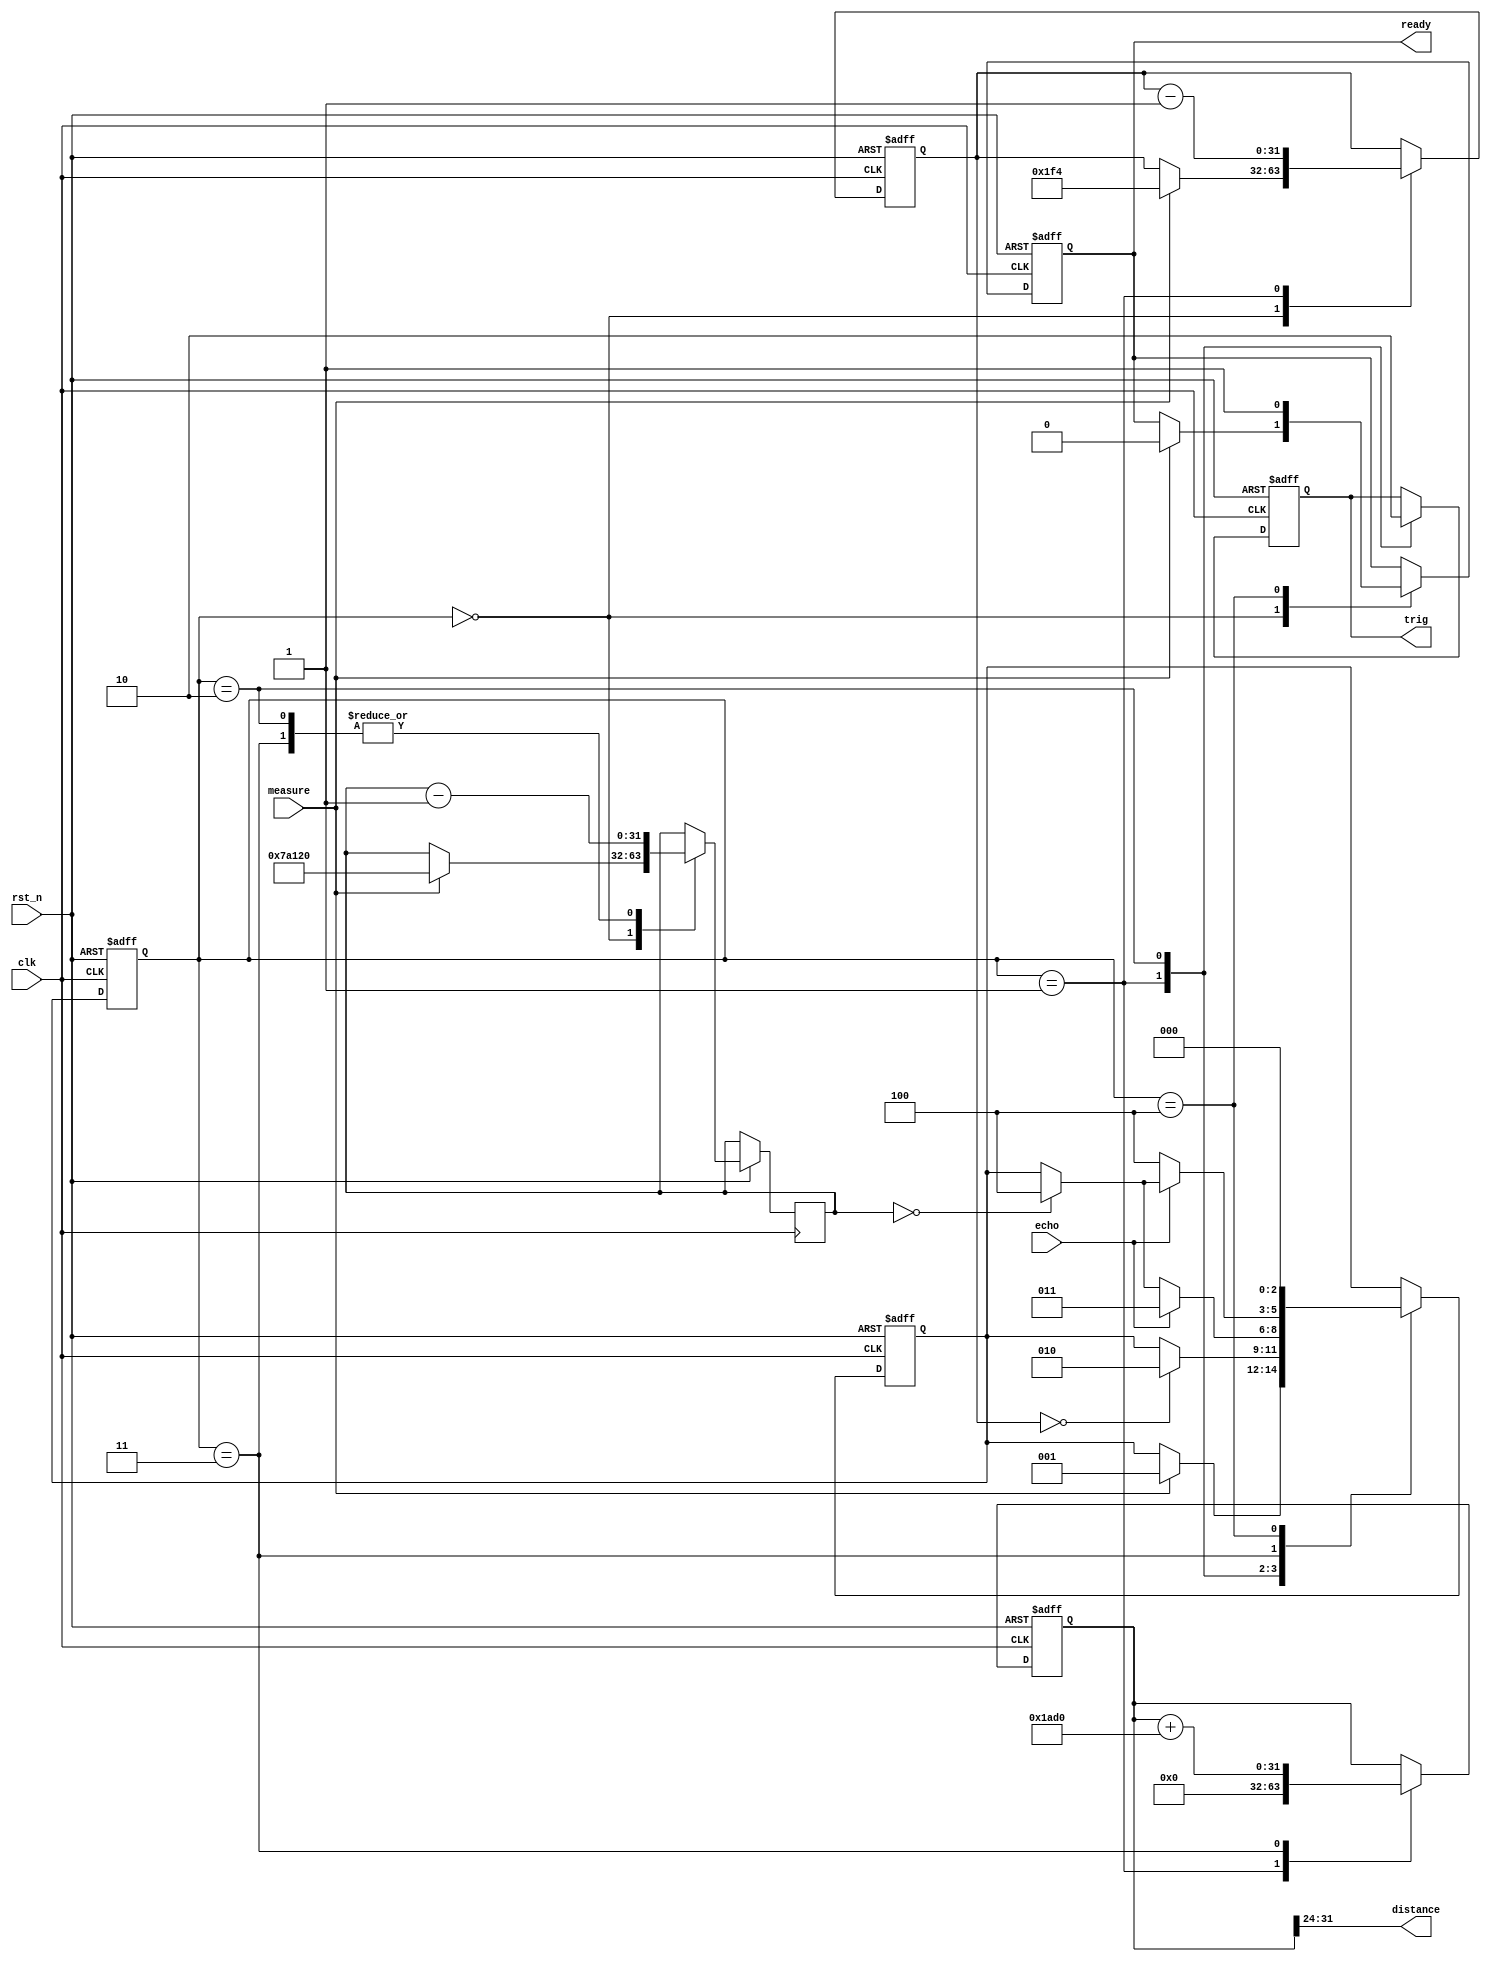
module sonar_driver #(parameter freq = 50_000_000) (
        input  wire      clk,
        input  wire      rst_n,
        input  wire      measure,
        output reg       ready      = 1,
        output wire[7:0] distance,
        input  wire      echo,
        output reg       trig       = 0
    );
    parameter CYCLES_10_US = freq / 100_000;
    parameter CYCLE_PERIOD = 1_000_000_000 / freq;              
    parameter SOUND_SPEED  = 343210;                            
    parameter NM_PER_CYCLE = SOUND_SPEED * CYCLE_PERIOD / 1000; 
    parameter ECHO_TIMEOUT = freq / 100;                        
    parameter TIMEOUT      = freq;
    reg[31:0] counter = 0;
    reg[31:0] timeout = 0;
    reg[31:0] i_dist  = 0;
    reg[2:0]    state      = 0;
    reg[2:0]    next_state = 0;
    parameter   IDLE       = 3'h0;
    parameter   TRIG       = 3'h1;
    parameter   WAIT_ECHO  = 3'h2;
    parameter   MEASURING  = 3'h3;
    parameter   READY      = 3'h4;
    assign distance = i_dist[31:24];
    always @(posedge clk or negedge rst_n) begin
        if (~rst_n) begin
            state = IDLE;
        end else begin
            state = next_state;
        end
    end
    always @(posedge clk or negedge rst_n) begin
        if (~rst_n) begin
            next_state = IDLE;
        end else begin
            case (state)
                IDLE: begin
                    if (measure == 1) begin
                        next_state  = TRIG;
                    end
                end
                TRIG: begin
                    if (counter == 0) begin
                        next_state = WAIT_ECHO;
                    end
                end
                WAIT_ECHO: begin
                    if (echo == 1) begin
                        next_state = MEASURING;
                    end else if (timeout == 0) begin
                        next_state = READY;
                    end
                end
                MEASURING: begin
                    if (echo == 0) begin
                        next_state = READY;
                    end else if (timeout == 0) begin
                        next_state = READY;
                    end
                end
                READY: begin
                    next_state = IDLE;
                end
            endcase
        end
    end
    always @(posedge clk or negedge rst_n) begin
        if (~rst_n) begin
            trig    = 0;
            i_dist  = 0;
            ready   = 1;
            counter = 0;
        end else begin
            case (state)
                IDLE: begin
                    if (measure == 1) begin
                        ready   = 0;
                        counter = CYCLES_10_US;
                        timeout = ECHO_TIMEOUT;
                    end
                end
                TRIG: begin
                    i_dist  = 0;
                    trig    = 1;
                    counter = counter - 1;
                end
                WAIT_ECHO: begin
                    timeout = timeout - 1;
                    trig    = 0;
                end
                MEASURING: begin
                    timeout = timeout - 1;
                    i_dist = i_dist + NM_PER_CYCLE;
                end
                READY: begin
                    ready = 1;
                end
            endcase
        end
    end
endmodule